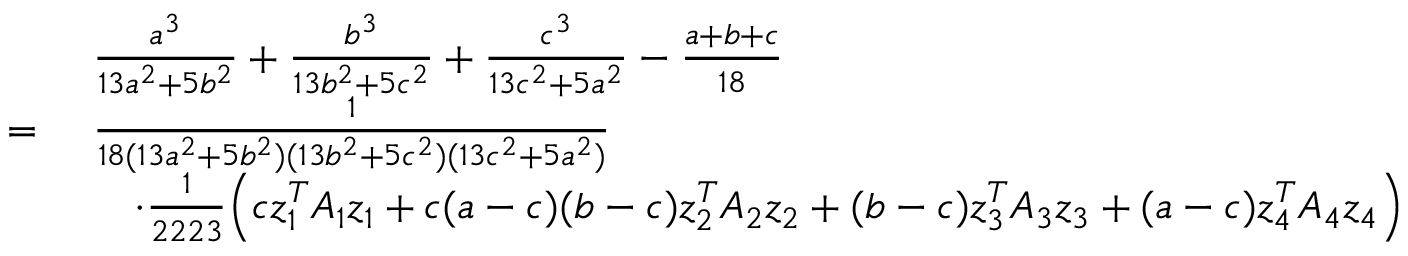
\begin{array} { r l } & { \frac { a ^ { 3 } } { 1 3 a ^ { 2 } + 5 b ^ { 2 } } + \frac { b ^ { 3 } } { 1 3 b ^ { 2 } + 5 c ^ { 2 } } + \frac { c ^ { 3 } } { 1 3 c ^ { 2 } + 5 a ^ { 2 } } - \frac { a + b + c } { 1 8 } } \\ { = \ } & { \frac { 1 } { 1 8 ( 1 3 a ^ { 2 } + 5 b ^ { 2 } ) ( 1 3 b ^ { 2 } + 5 c ^ { 2 } ) ( 1 3 c ^ { 2 } + 5 a ^ { 2 } ) } } \\ & { \quad \cdot \frac { 1 } { 2 2 2 3 } \Big ( c z _ { 1 } ^ { T } A _ { 1 } z _ { 1 } + c ( a - c ) ( b - c ) z _ { 2 } ^ { T } A _ { 2 } z _ { 2 } + ( b - c ) z _ { 3 } ^ { T } A _ { 3 } z _ { 3 } + ( a - c ) z _ { 4 } ^ { T } A _ { 4 } z _ { 4 } \Big ) } \end{array}